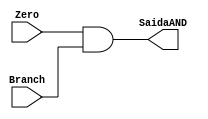
module PortaAnd(
    input wire Zero,
    input wire Branch,
    output reg SaidaAND);

    always @(*) 
    begin
        SaidaAND = Zero && Branch;
    end
endmodule